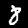
Label: 8